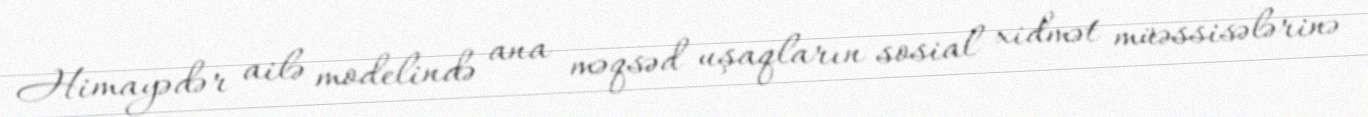
Himayədər ailə modelində ana məqsəd uşaqların sosial xidmət müəssisələrinə